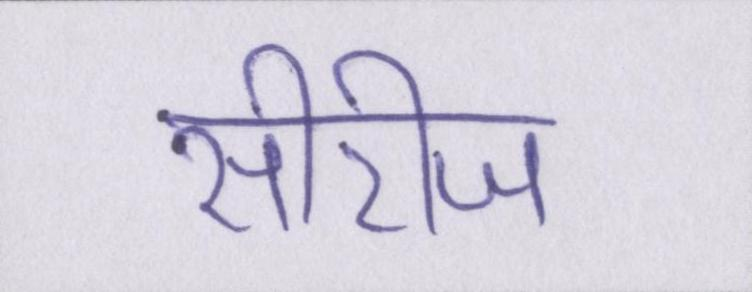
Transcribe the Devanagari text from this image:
सीरीज